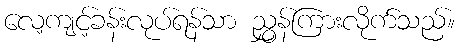
လေ့ကျင့်ခန်းလုပ်ရန်သာ ညွှန်ကြားလိုက်သည်။